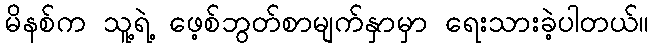
မိနစ်က သူ့ရဲ့ ဖေ့စ်ဘွတ်စာမျက်နှာမှာ ရေးသားခဲ့ပါတယ်။